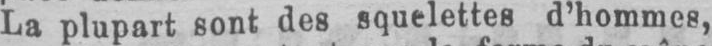
La plupart sont des squelettes d’hommes,